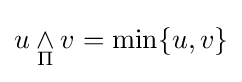
u\mathbin {\underset {\Pi }{\wedge }} v=\min\{u,v\}